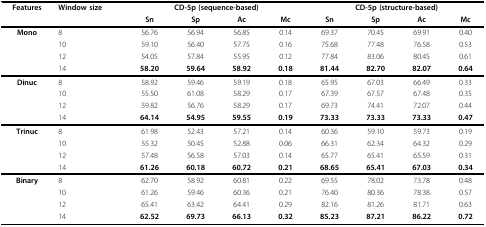
<table><thead><tr><td><b>Features</b></td><td><b>Window size</b></td><td colspan="4"><b>CD-5p (sequence-based)</b></td><td colspan="4"><b>CD-5p (structure-based)</b></td></tr><tr><td></td><td></td><td><b>Sn</b></td><td><b>Sp</b></td><td><b>Ac</b></td><td><b>Mc</b></td><td><b>Sn</b></td><td><b>Sp</b></td><td><b>Ac</b></td><td><b>Mc</b></td></tr></thead><tbody><tr><td><b>Mono</b></td><td>8</td><td>56.76</td><td>56.94</td><td>56.85</td><td>0.14</td><td>69.37</td><td>70.45</td><td>69.91</td><td>0.40</td></tr><tr><td></td><td>10</td><td>59.10</td><td>56.40</td><td>57.75</td><td>0.16</td><td>75.68</td><td>77.48</td><td>76.58</td><td>0.53</td></tr><tr><td></td><td>12</td><td>54.05</td><td>57.84</td><td>55.95</td><td>0.12</td><td>77.84</td><td>83.06</td><td>80.45</td><td>0.61</td></tr><tr><td></td><td>14</td><td><b>58.20</b></td><td><b>59.64</b></td><td><b>58.92</b></td><td><b>0.18</b></td><td><b>81.44</b></td><td><b>82.70</b></td><td><b>82.07</b></td><td><b>0.64</b></td></tr><tr><td><b>Dinuc</b></td><td>8</td><td>58.92</td><td>59.46</td><td>59.19</td><td>0.18</td><td>65.95</td><td>67.03</td><td>66.49</td><td>0.33</td></tr><tr><td></td><td>10</td><td>55.50</td><td>61.08</td><td>58.29</td><td>0.17</td><td>67.39</td><td>67.57</td><td>67.48</td><td>0.35</td></tr><tr><td></td><td>12</td><td>59.82</td><td>56.76</td><td>58.29</td><td>0.17</td><td>69.73</td><td>74.41</td><td>72.07</td><td>0.44</td></tr><tr><td></td><td>14</td><td><b>64.14</b></td><td><b>54.95</b></td><td><b>59.55</b></td><td><b>0.19</b></td><td><b>73.33</b></td><td><b>73.33</b></td><td><b>73.33</b></td><td><b>0.47</b></td></tr><tr><td><b>Trinuc</b></td><td>8</td><td>61.98</td><td>52.43</td><td>57.21</td><td>0.14</td><td>60.36</td><td>59.10</td><td>59.73</td><td>0.19</td></tr><tr><td></td><td>10</td><td>55.32</td><td>50.45</td><td>52.88</td><td>0.06</td><td>66.31</td><td>62.34</td><td>64.32</td><td>0.29</td></tr><tr><td></td><td>12</td><td>57.48</td><td>56.58</td><td>57.03</td><td>0.14</td><td>65.77</td><td>65.41</td><td>65.59</td><td>0.31</td></tr><tr><td></td><td>14</td><td><b>61.26</b></td><td><b>60.18</b></td><td><b>60.72</b></td><td><b>0.21</b></td><td><b>68.65</b></td><td><b>65.41</b></td><td><b>67.03</b></td><td><b>0.34</b></td></tr><tr><td><b>Binary</b></td><td>8</td><td>62.70</td><td>58.92</td><td>60.81</td><td>0.22</td><td>69.55</td><td>78.02</td><td>73.78</td><td>0.48</td></tr><tr><td></td><td>10</td><td>61.26</td><td>59.46</td><td>60.36</td><td>0.21</td><td>76.40</td><td>80.36</td><td>78.38</td><td>0.57</td></tr><tr><td></td><td>12</td><td>65.41</td><td>63.42</td><td>64.41</td><td>0.29</td><td>82.16</td><td>81.26</td><td>81.71</td><td>0.63</td></tr><tr><td></td><td>14</td><td><b>62.52</b></td><td><b>69.73</b></td><td><b>66.13</b></td><td><b>0.32</b></td><td><b>85.23</b></td><td><b>87.21</b></td><td><b>86.22</b></td><td><b>0.72</b></td></tr></tbody></table>